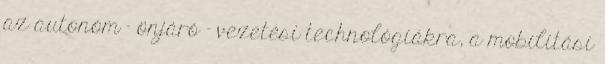
az autonóm - önjáró - vezetési technológiákra, a mobilitási